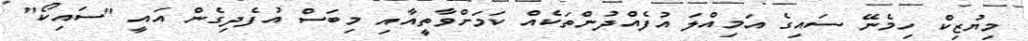
މިޔުޒިކް ހިމެނޭ ސައިގެ އަމިއްލަ އުފެއްދުންތަކެއް ކަމަށްވާތީއާއި މިބަސް އުފެދިގެން އައީ "ސައިކޯ"